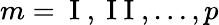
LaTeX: m=\mathrm{~I~},\mathrm{~I~I~},\dots,p